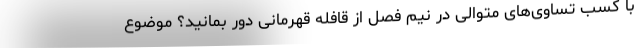
با کسب تساوی‌های متوالی در نیم فصل از قافله قهرمانی دور بمانید؟ موضوع